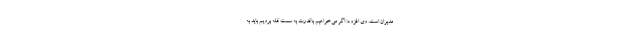
مدیران است. وی افزود: اگر می‌خواهیم باقدرت به سمت قله برویم باید به